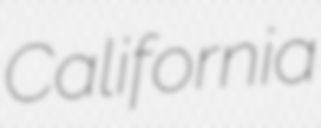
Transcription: California